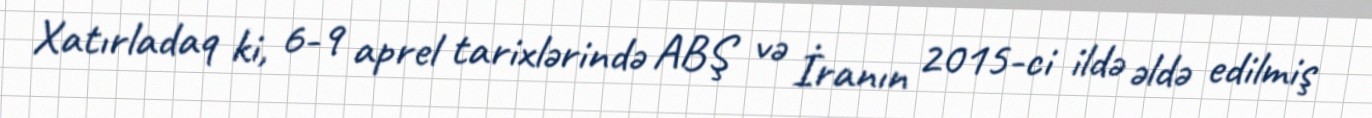
Xatırladaq ki, 6-9 aprel tarixlərində ABŞ və İranın 2015-ci ildə əldə edilmiş